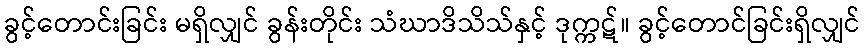
ခွင့်တောင်းခြင်း မရှိလျှင် ခွန်းတိုင်း သံဃာဒိသိသ်နှင့် ဒုက္ကဋ်။ ခွင့်တောင်ခြင်းရှိလျှင်